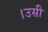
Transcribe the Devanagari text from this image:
।उसी